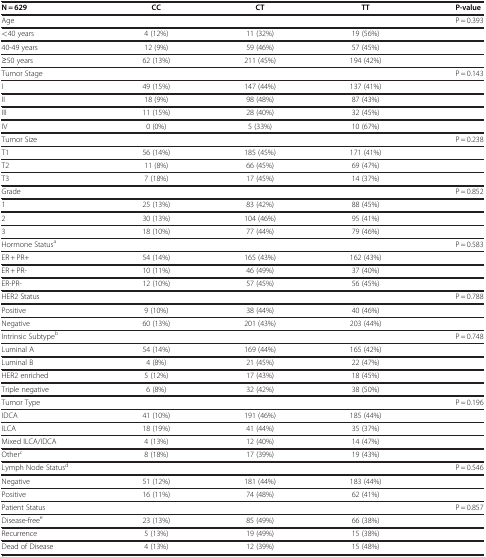
<table><thead><tr><td><b>N = 629</b></td><td><b>CC</b></td><td><b>CT</b></td><td><b>TT</b></td><td><b>P-value</b></td></tr></thead><tbody><tr><td>Age</td><td> </td><td> </td><td> </td><td>P = 0.393</td></tr><tr><td>&lt;40 years</td><td>4 (12%)</td><td>11 (32%)</td><td>19 (56%)</td><td> </td></tr><tr><td>40-49 years</td><td>12 (9%)</td><td>59 (46%)</td><td>57 (45%)</td><td> </td></tr><tr><td>≥50 years</td><td>62 (13%)</td><td>211 (45%)</td><td>194 (42%)</td><td> </td></tr><tr><td>Tumor Stage</td><td> </td><td> </td><td> </td><td>P = 0.143</td></tr><tr><td>I</td><td>49 (15%)</td><td>147 (44%)</td><td>137 (41%)</td><td> </td></tr><tr><td>II</td><td>18 (9%)</td><td>98 (48%)</td><td>87 (43%)</td><td> </td></tr><tr><td>III</td><td>11 (15%)</td><td>28 (40%)</td><td>32 (45%)</td><td> </td></tr><tr><td>IV</td><td>0 (0%)</td><td>5 (33%)</td><td>10 (67%)</td><td> </td></tr><tr><td>Tumor Size</td><td> </td><td> </td><td> </td><td>P = 0.238</td></tr><tr><td>T1</td><td>56 (14%)</td><td>185 (45%)</td><td>171 (41%)</td><td> </td></tr><tr><td>T2</td><td>11 (8%)</td><td>66 (45%)</td><td>69 (47%)</td><td> </td></tr><tr><td>T3</td><td>7 (18%)</td><td>17 (45%)</td><td>14 (37%)</td><td> </td></tr><tr><td>Grade</td><td> </td><td> </td><td> </td><td>P = 0.852</td></tr><tr><td>1</td><td>25 (13%)</td><td>83 (42%)</td><td>88 (45%)</td><td> </td></tr><tr><td>2</td><td>30 (13%)</td><td>104 (46%)</td><td>95 (41%)</td><td> </td></tr><tr><td>3</td><td>18 (10%)</td><td>77 (44%)</td><td>79 (46%)</td><td> </td></tr><tr><td>Hormone Status<sup>a</sup></td><td> </td><td> </td><td> </td><td>P = 0.583</td></tr><tr><td>ER + PR+</td><td>54 (14%)</td><td>165 (43%)</td><td>162 (43%)</td><td> </td></tr><tr><td>ER + PR-</td><td>10 (11%)</td><td>46 (49%)</td><td>37 (40%)</td><td> </td></tr><tr><td>ER-PR-</td><td>12 (10%)</td><td>57 (45%)</td><td>56 (45%)</td><td> </td></tr><tr><td>HER2 Status</td><td> </td><td> </td><td> </td><td>P = 0.788</td></tr><tr><td>Positive</td><td>9 (10%)</td><td>38 (44%)</td><td>40 (46%)</td><td> </td></tr><tr><td>Negative</td><td>60 (13%)</td><td>201 (43%)</td><td>203 (44%)</td><td> </td></tr><tr><td>Intrinsic Subtype<sup>b</sup></td><td> </td><td> </td><td> </td><td>P = 0.748</td></tr><tr><td>Luminal A</td><td>54 (14%)</td><td>169 (44%)</td><td>165 (42%)</td><td> </td></tr><tr><td>Luminal B</td><td>4 (8%)</td><td>21 (45%)</td><td>22 (47%)</td><td> </td></tr><tr><td>HER2 enriched</td><td>5 (12%)</td><td>17 (43%)</td><td>18 (45%)</td><td> </td></tr><tr><td>Triple negative</td><td>6 (8%)</td><td>32 (42%)</td><td>38 (50%)</td><td> </td></tr><tr><td>Tumor Type</td><td> </td><td> </td><td> </td><td>P = 0.196</td></tr><tr><td>IDCA</td><td>41 (10%)</td><td>191 (46%)</td><td>185 (44%)</td><td> </td></tr><tr><td>ILCA</td><td>18 (19%)</td><td>41 (44%)</td><td>35 (37%)</td><td> </td></tr><tr><td>Mixed ILCA/IDCA</td><td>4 (13%)</td><td>12 (40%)</td><td>14 (47%)</td><td> </td></tr><tr><td>Other<sup>c</sup></td><td>8 (18%)</td><td>17 (39%)</td><td>19 (43%)</td><td> </td></tr><tr><td>Lymph Node Status<sup>d</sup></td><td> </td><td> </td><td> </td><td>P = 0.546</td></tr><tr><td>Negative</td><td>51 (12%)</td><td>181 (44%)</td><td>183 (44%)</td><td> </td></tr><tr><td>Positive</td><td>16 (11%)</td><td>74 (48%)</td><td>62 (41%)</td><td> </td></tr><tr><td>Patient Status</td><td> </td><td> </td><td> </td><td>P = 0.857</td></tr><tr><td>Disease-free<sup>e</sup></td><td>23 (13%)</td><td>85 (49%)</td><td>66 (38%)</td><td> </td></tr><tr><td>Recurrence</td><td>5 (13%)</td><td>19 (49%)</td><td>15 (38%)</td><td> </td></tr><tr><td>Dead of Disease</td><td>4 (13%)</td><td>12 (39%)</td><td>15 (48%)</td><td> </td></tr></tbody></table>